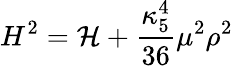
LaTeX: H^{2}={\cal H}+\frac{\kappa_{5}^{4}}{36}\mu^{2}\rho^{2}